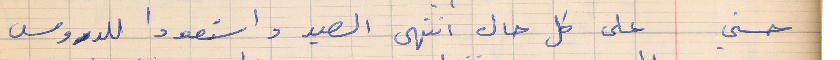
حسني     على كل حال انتهى الصيد واستعدوا للدروس